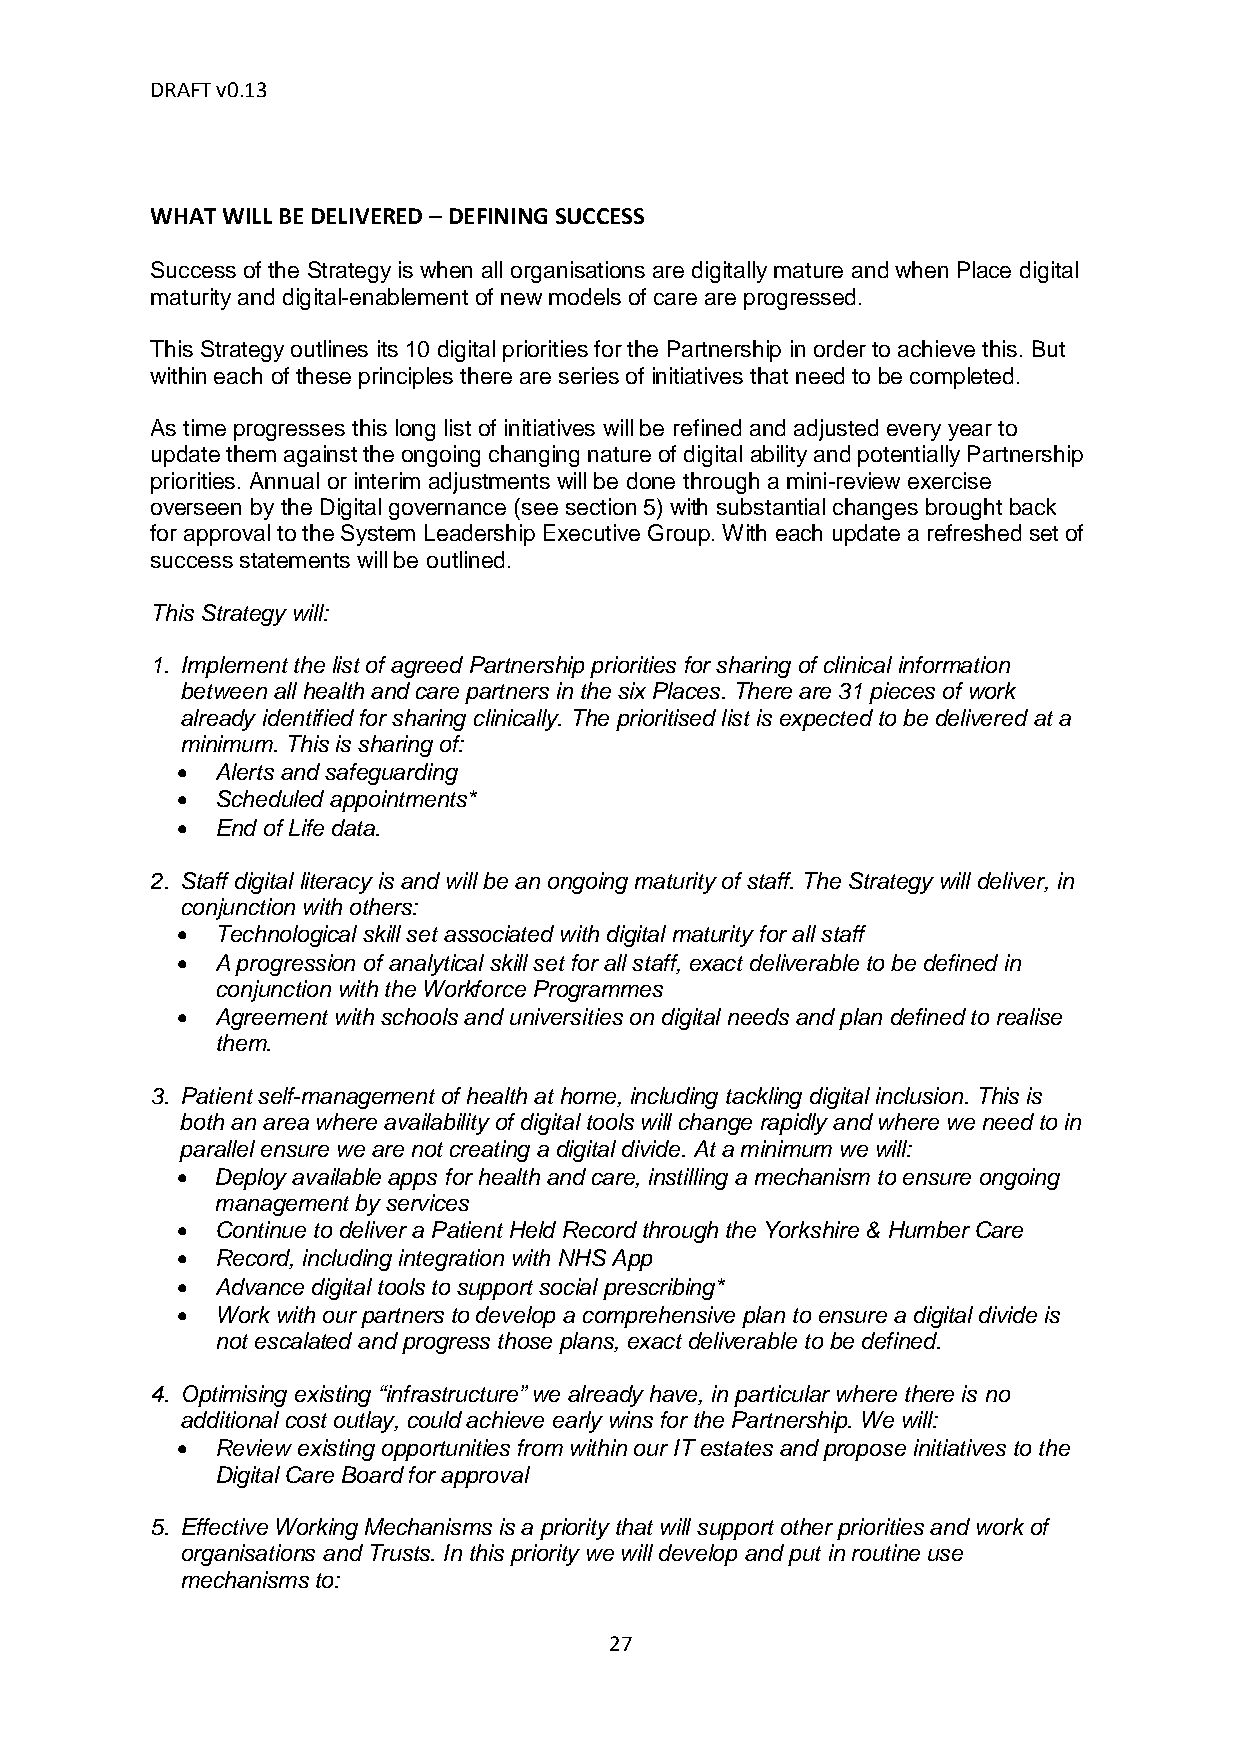
DRAFT v0.13
 WHAT WILL BE DELIVERED – DEFINING SUCCESS
 Success of the Strategy is when all organisations are digitally mature and when Place digital
 maturity and digital-enablement of new models of care are progressed.
 This Strategy outlines its 10 digital priorities for the Partnership in order to achieve this. But
 within each of these principles there are series of initiatives that need to be completed.
 As time progresses this long list of initiatives will be refined and adjusted every year to
 update them against the ongoing changing nature of digital ability and potentially Partnership
 priorities. Annual or interim adjustments will be done through a mini-review exercise
 overseen by the Digital governance (see section 5) with substantial changes brought back
 for approval to the System Leadership Executive Group. With each update a refreshed set of
 success statements will be outlined.
 This Strategy will:
 1. Implement the list of agreed Partnership priorities for sharing of clinical information
 between all health and care partners in the six Places. There are 31 pieces of work
 already identified for sharing clinically. The prioritised list is expected to be delivered at a
 minimum. This is sharing of:
 • Alerts and safeguarding
 • Scheduled appointments*
 • End of Life data.
 2. Staff digital literacy is and will be an ongoing maturity of staff. The Strategy will deliver, in
 conjunction with others:
 • Technological skill set associated with digital maturity for all staff
 • A progression of analytical skill set for all staff, exact deliverable to be defined in
 conjunction with the Workforce Programmes
 • Agreement with schools and universities on digital needs and plan defined to realise
 them.
 3. Patient self-management of health at home, including tackling digital inclusion. This is
 both an area where availability of digital tools will change rapidly and where we need to in
 parallel ensure we are not creating a digital divide. At a minimum we will:
 • Deploy available apps for health and care, instilling a mechanism to ensure ongoing
 management by services
 • Continue to deliver a Patient Held Record through the Yorkshire & Humber Care
 • Record, including integration with NHS App
 • Advance digital tools to support social prescribing*
 • Work with our partners to develop a comprehensive plan to ensure a digital divide is
 not escalated and progress those plans, exact deliverable to be defined.
 4. Optimising existing “infrastructure” we already have, in particular where there is no
 additional cost outlay, could achieve early wins for the Partnership. We will:
 • Review existing opportunities from within our IT estates and propose initiatives to the
 Digital Care Board for approval
 5. Effective Working Mechanisms is a priority that will support other priorities and work of
 organisations and Trusts. In this priority we will develop and put in routine use
 mechanisms to:
 27